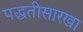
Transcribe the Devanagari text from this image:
पद्घतीसारखा